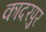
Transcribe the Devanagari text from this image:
कादरपुर